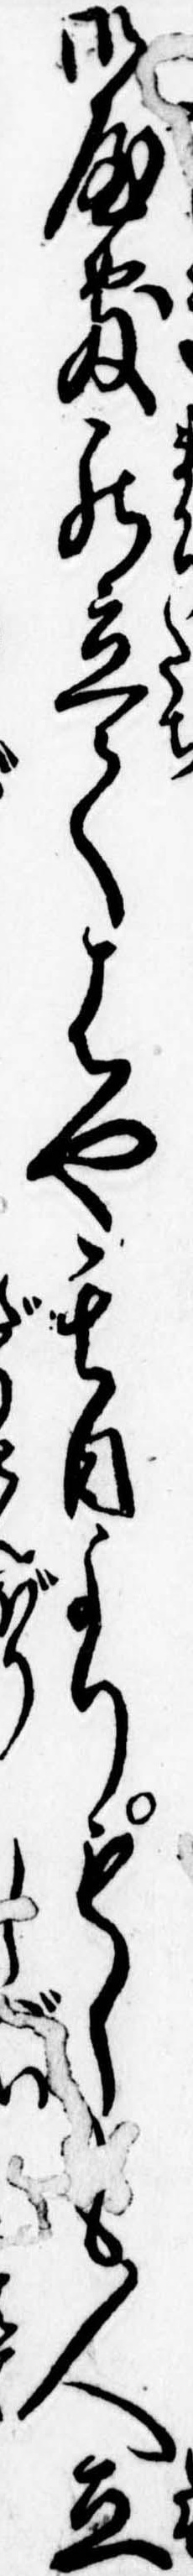
御屋敷罷立てはや其日よりもしも人立